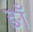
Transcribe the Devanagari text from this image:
ङाँ